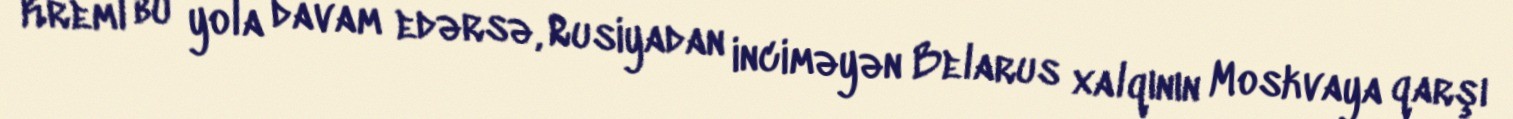
Kreml bu yola davam edərsə, Rusiyadan inciməyən Belarus xalqının Moskvaya qarşı